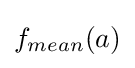
f_{mean}(a)